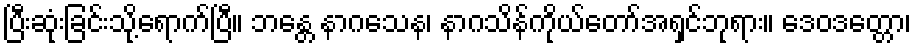
ပြီးဆုံးခြင်းသို့ရောက်ပြီ။ ဘန္တေ နာဂသေန၊ နာဂသိန်ကိုယ်တော်အရှင်ဘုရား။ ဒေဝဒတ္တော၊